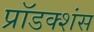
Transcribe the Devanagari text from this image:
प्रॉडक्शंस